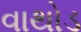
વાથોડ